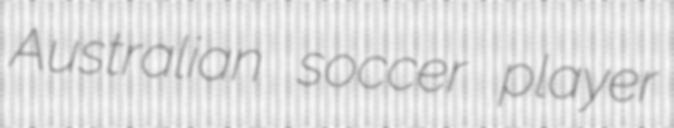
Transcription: Australian soccer player